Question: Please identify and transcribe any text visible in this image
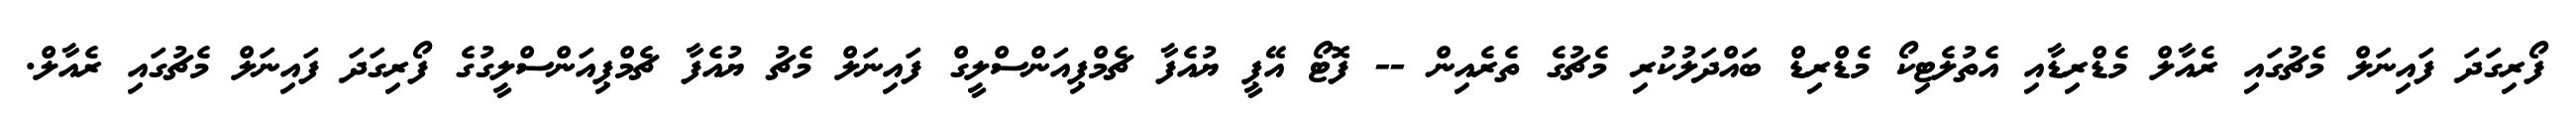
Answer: ފޯރިގަދަ ފައިނަލް މެޗުގައި ރެއާލް މެޑްރިޑާއި އެތުލެޓިކޯ މެޑްރިޑް ބައްދަލުކުރި މެޗުގެ ތެރެއިން -- ފޮޓޯ އޭޕީ ޔުއެފާ ޗެމްޕިއަންސްލީގް ފައިނަލް މެޗު ޔުއެފާ ޗެމްޕިއަންސްލީގުގެ ފޯރިގަދަ ފައިނަލް މެޗުގައި ރެއާލް.